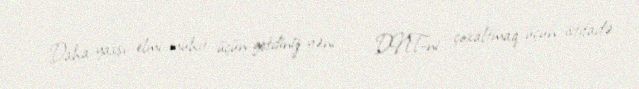
- Daha yaxşı elmi mühit üçün getdiniz yəni… - DNT-ni çoxaltmaq üçün istifadə